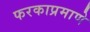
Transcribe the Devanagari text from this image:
फरकाप्रमाणे